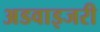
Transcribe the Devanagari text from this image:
अडवाइजरी